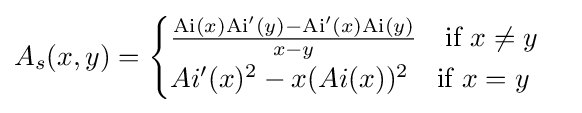
A_{s}(x,y)={\begin{cases}{\frac {\mathrm {Ai} (x)\mathrm {Ai} '(y)-\mathrm {Ai} '(x)\mathrm {Ai} (y)}{x-y}}\quad {\text{if }}x\neq y\\Ai'(x)^{2}-x(Ai(x))^{2}\quad {\text{if }}x=y\end{cases}}